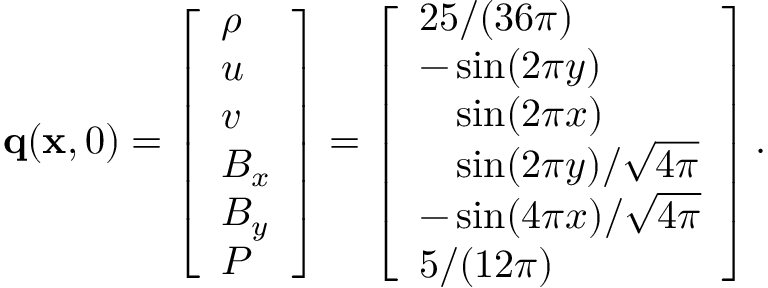
\mathbf { q } ( \mathbf { x } , 0 ) = \left[ \begin{array} { l } { \rho } \\ { u } \\ { v } \\ { B _ { x } } \\ { B _ { y } } \\ { P } \end{array} \right] = \left[ \begin{array} { l } { 2 5 / ( 3 6 \pi ) } \\ { - \sin ( 2 \pi y ) } \\ { \phantom { - } \sin ( 2 \pi x ) } \\ { \phantom { - } \sin ( 2 \pi y ) / \sqrt { 4 \pi } } \\ { - \sin ( 4 \pi x ) / \sqrt { 4 \pi } } \\ { 5 / ( 1 2 \pi ) } \end{array} \right] .